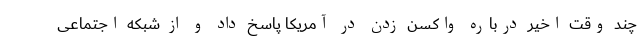
چند وقت اخیر درباره واکسن زدن در آمریکا پاسخ داد و از شبکه اجتماعی